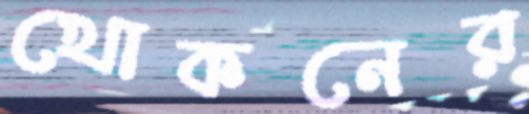
খোকনের